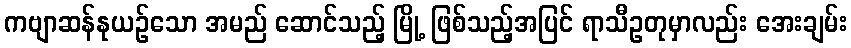
ကဗျာဆန်နုယဉ်သော အမည် ဆောင်သည့် မြို့ ဖြစ်သည့်အပြင် ရာသီဥတုမှာလည်း အေးချမ်း